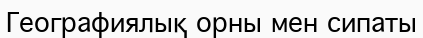
Географиялық орны мен сипаты